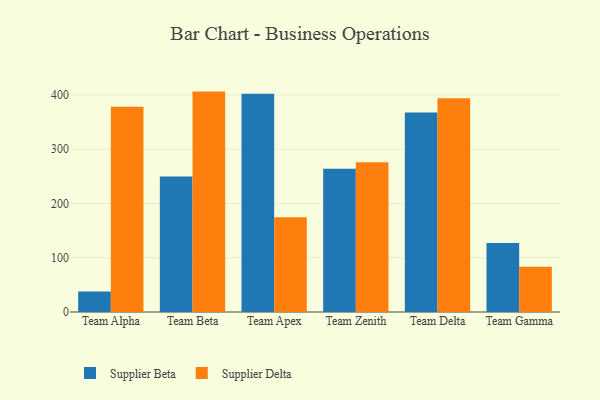
{"axis": {"x": "Team", "y": "Satisfaction Score"}, "legend": ["Supplier Beta", "Supplier Delta"], "data": [{"x": "Team Alpha", "y": 37.7, "type": "Supplier Beta"}, {"x": "Team Alpha", "y": 378.5, "type": "Supplier Delta"}, {"x": "Team Beta", "y": 249.6, "type": "Supplier Beta"}, {"x": "Team Beta", "y": 406.2, "type": "Supplier Delta"}, {"x": "Team Apex", "y": 402.4, "type": "Supplier Beta"}, {"x": "Team Apex", "y": 174.8, "type": "Supplier Delta"}, {"x": "Team Zenith", "y": 263.8, "type": "Supplier Beta"}, {"x": "Team Zenith", "y": 275.9, "type": "Supplier Delta"}, {"x": "Team Delta", "y": 367.8, "type": "Supplier Beta"}, {"x": "Team Delta", "y": 394.1, "type": "Supplier Delta"}, {"x": "Team Gamma", "y": 127.3, "type": "Supplier Beta"}, {"x": "Team Gamma", "y": 83.6, "type": "Supplier Delta"}]}